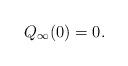
LaTeX: \begin{align*}Q_\infty(0)=0.\end{align*}